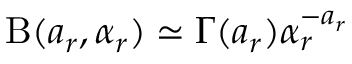
\mathrm { B } ( a _ { r } , \alpha _ { r } ) \simeq \Gamma ( a _ { r } ) \alpha _ { r } ^ { - a _ { r } }